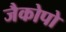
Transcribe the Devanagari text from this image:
जैकोपो